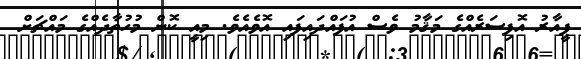
ޕީއާރު އޮފިސަރެއްގެ މަޤާމު ވެސް އުފައްދައިފައި އޮވެއެވެ. މިއީ ކޮން މުހުތާދެއްގެ މައްޗަށް